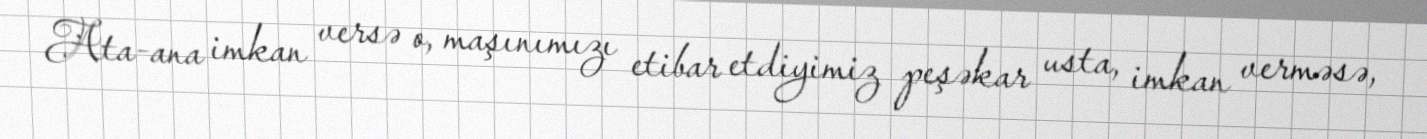
Ata-ana imkan versə o, maşınımızı etibar etdiyimiz peşəkar usta, imkan verməsə,